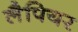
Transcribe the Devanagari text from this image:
लैपियर